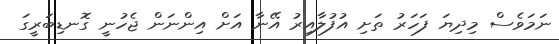
ނަމަވެސް މިދިޔަ ފަހަރު ތަށި އުފުލާއިރު އޭނާ އަށް އިންނަން ޖެހުނީ ގޮނޑިބަރީގަ